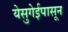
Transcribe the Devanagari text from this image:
येसुगेईपासून